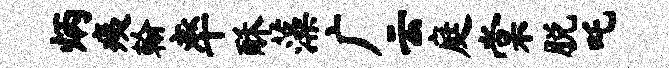
炳痍翰率酥藻广云庭棠脱吒